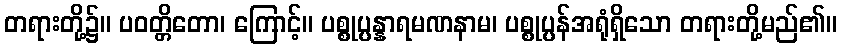
တရားတို့၌။ ပဝတ္တိတော၊ ကြောင့်။ ပစ္စုပ္ပန္နာရမဏနာမ၊ ပစ္စုပ္ပန်အရုံရှိသော တရားတို့မည်၏။